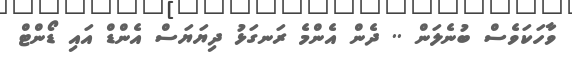
ވާހަކަވެސް ބުނެލަން .. ދެން އެންމެ ރަނގަޅު ދިޔަޔަސް އެންޑް އައި ޑޯންޓް